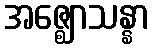
အဇ္ဈောသန္နာ